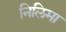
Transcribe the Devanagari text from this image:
निलिमा